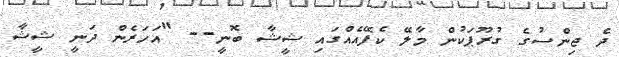
ދެ ޖިންސުގެ ގުރޫޕަކުން މާލޭ ކެފޭއެއްގައި ޝީޝާ ބޮނީ-- "އަހަރެން ދަނީ ޝީޝާ